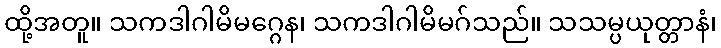
ထို့အတူ။ သကဒါဂါမိမဂ္ဂေန၊ သကဒါဂါမိမဂ်သည်။ သသမ္ပယုတ္တာနံ၊